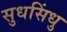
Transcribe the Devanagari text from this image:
सुधसिंधु